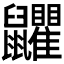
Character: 𪖏